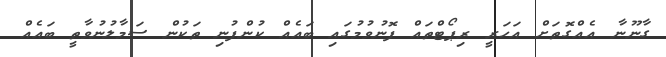
ގާނޫނާ އެއްގޮތަށް އަހަރީ ރިޕޯޓްތައް ފޮނުވުމުގައި ބައެއް ކުންފުނި ތަކުން ސަމާލުނުވާތީ ބައެއް